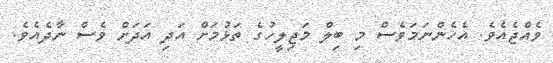
ވެއްޖެއެވެ. އެހެންނަމަވެސް މި ބިލް މަޖިލީހުގެ ތަޅުމަށް އަދި އަދަށް ވެސް ނާދެެއެވެ.